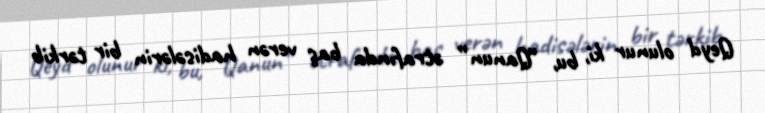
Qeyd olunur ki, bu, “Qanun” ətrafında baş verən hadisələrin bir tərkib